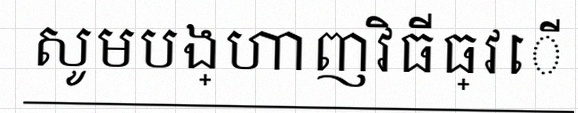
សូមបង្ហាញវិធីធ្វើ